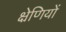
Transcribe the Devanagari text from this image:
क्ष्रेणियों